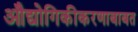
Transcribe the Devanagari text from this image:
औद्योगिकीकरणाबाबत